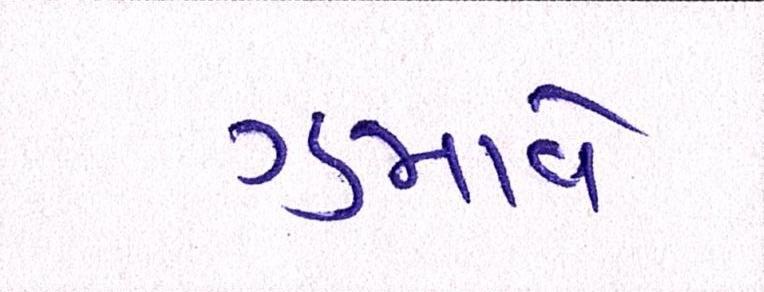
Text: ગુમાવે